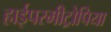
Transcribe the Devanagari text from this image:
हाईपरमीट्रोपिया